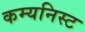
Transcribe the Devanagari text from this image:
कम्यनिस्ट